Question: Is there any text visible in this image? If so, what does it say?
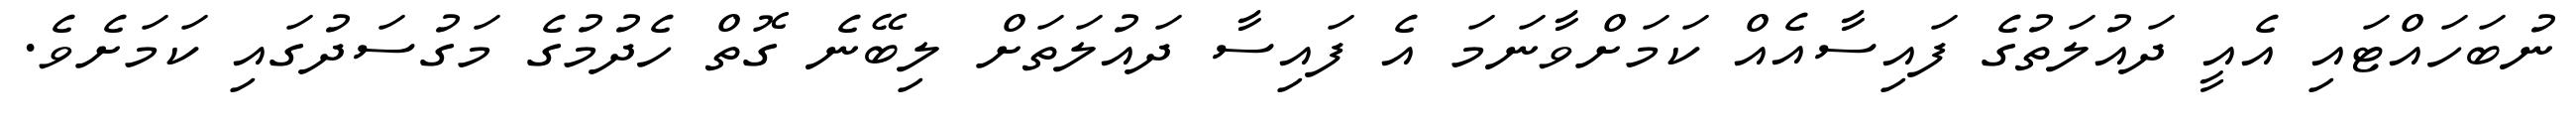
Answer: ނުބަހައްޓައި އެއީ ދައުލަތުގެ ފައިސާއެއް ކަމަށްވާނަމަ އެ ފައިސާ ދައުލަތަށް ލިބޭނެ ގޮތް ހެދުމުގެ މަގުސަދުގައި ކަމަށެވެ.